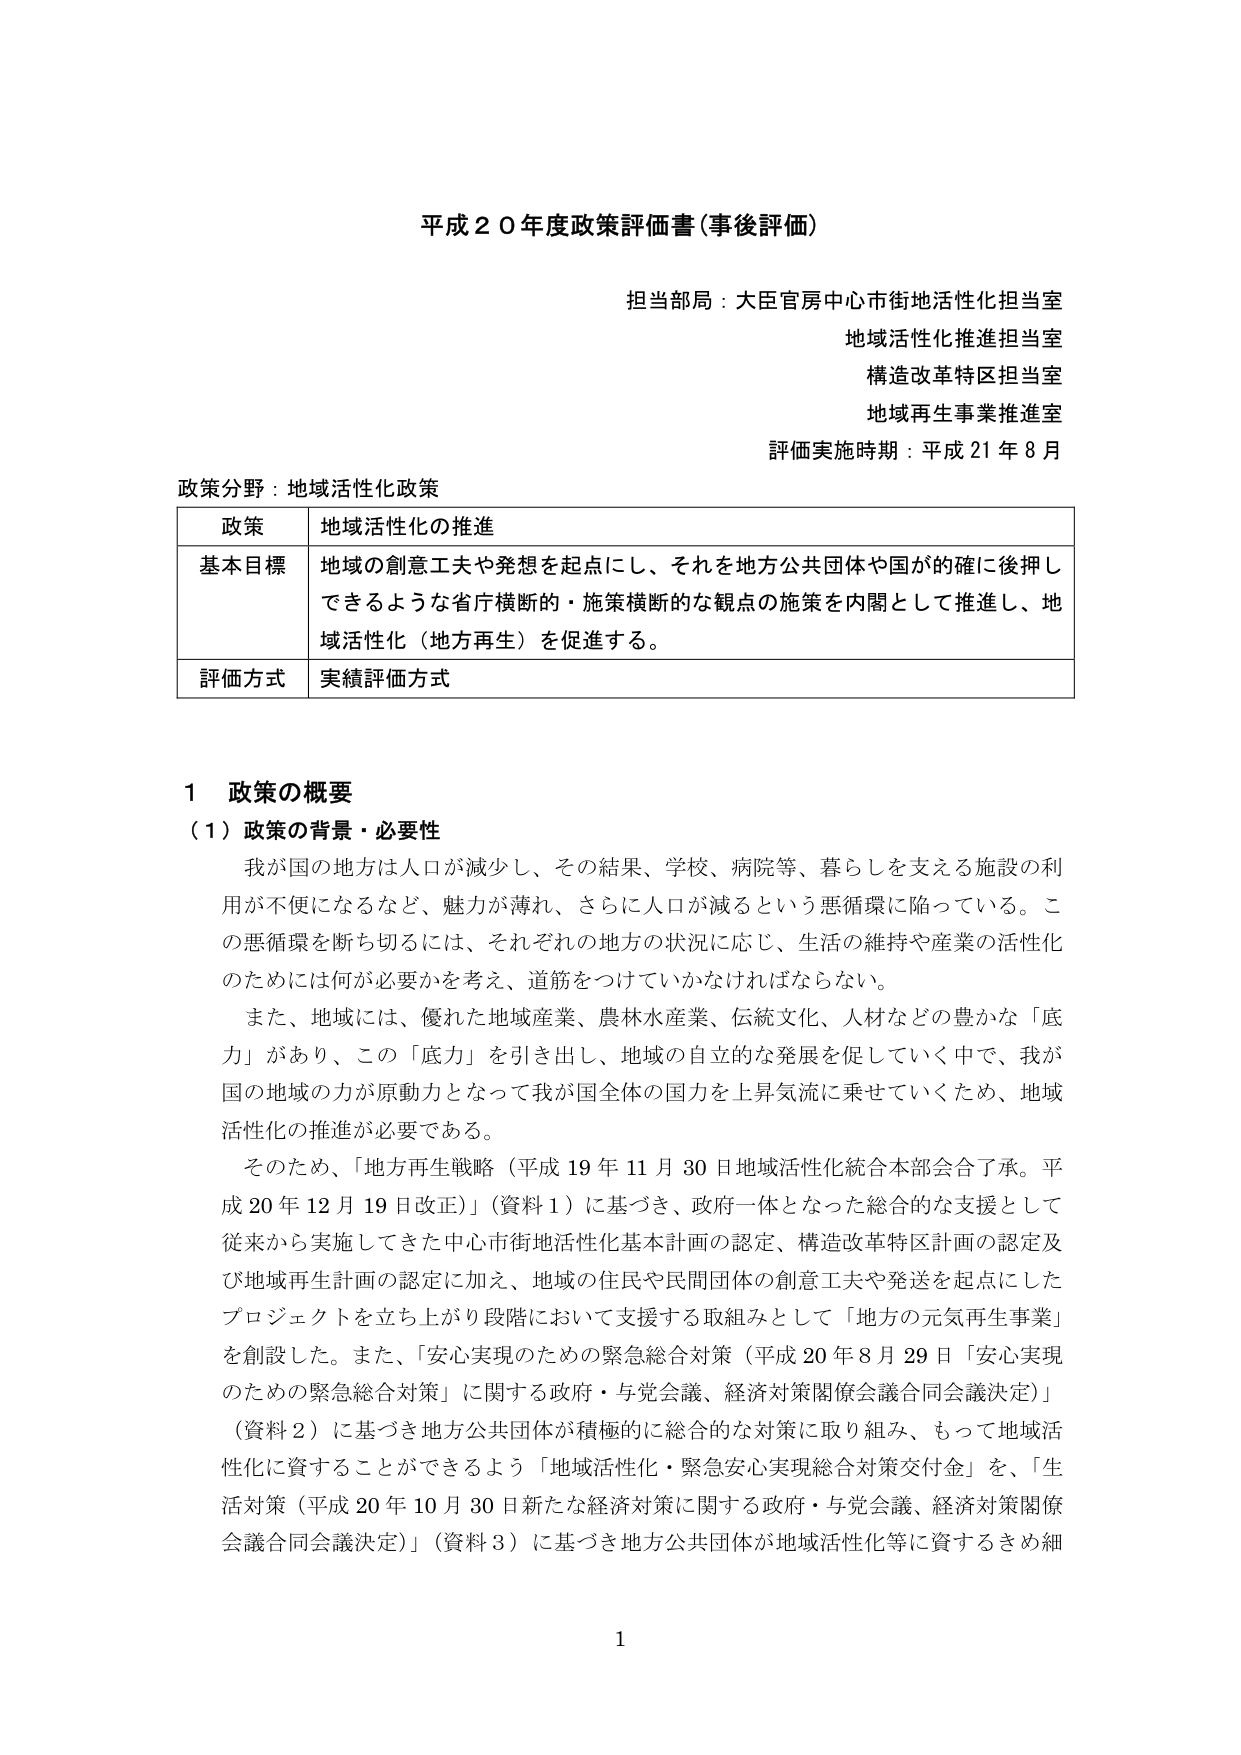
平成２０年度政策評価書（事後評価）

担当部局：大臣官房中心市街地活性化担当室
地域活性化推進担当室
構造改革特区担当室
地域再生事業推進室
評価実施時期：平成21年8月

政策分野：地域活性化政策

| 政策 | 地域活性化の推進 |
|------|------------------|
| 基本目標 | 地域の創意工夫や発想を起点にし、それを地方公共団体や国が的確に後押しできるような省庁横断的・施策横断的な観点の施策を内閣として推進し、地域活性化（地方再生）を促進する。 |
| 評価方式 | 実績評価方式 |

1 政策の概要
（1）政策の背景・必要性

我が国の地方は人口が減少し、その結果、学校、病院等、暮らしを支える施設の利用が不便になるなど、魅力が薄れ、さらに人口が減るという悪循環に陥っている。この悪循環を断ち切るには、それぞれの地方の状況に応じ、生活の維持や産業の活性化のためには何が必要かを考え、道筋をつけていかなければならない。

また、地域には、優れた地域産業、農林水産業、伝統文化、人材などの豊かな「底力」があり、この「底力」を引き出し、地域の自立的な発展を促していく中で、我が国の地域の力が原動力となって我が国全体の国力を上昇気流に乗せていくため、地域活性化の推進が必要である。

そのため、「地方再生戦略（平成19年11月30日地域活性化統合本部会合了承。平成20年12月19日改正）」（資料1）に基づき、政府一体となった総合的な支援として従来から実施してきた中心市街地活性化基本計画の認定、構造改革特区計画の認定及び地域再生計画の認定に加え、地域の住民や民間団体の創意工夫や発送を起点にしたプロジェクトを立ち上がり段階において支援する取組みとして「地方の元気再生事業」を創設した。また、「安心実現のための緊急総合対策（平成20年8月29日「安心実現のための緊急総合対策」に関する政府・与党会議、経済対策関係会議合同会議決定）」（資料2）に基づき地方公共団体が積極的に総合的な対策に取り組み、もって地域活性化に資することができるよう「地域活性化・緊急安心実現総合対策交付金」を、「生活対策（平成20年10月30日新たな経済対策に関する政府・与党会議、経済対策関係会議合同会議決定）」（資料3）に基づき地方公共団体が地域活性化等に資するきめ細

1